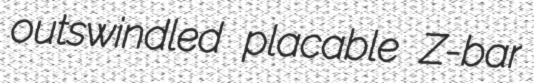
outswindled placable Z-bar